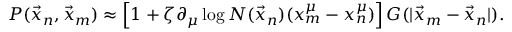
P ( \vec { x } _ { n } , \vec { x } _ { m } ) \approx \left[ 1 + \zeta \partial _ { \mu } \log N ( \vec { x } _ { n } ) ( x _ { m } ^ { \mu } - x _ { n } ^ { \mu } ) \right] G ( | \vec { x } _ { m } - \vec { x } _ { n } | ) .